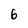
Character: 6